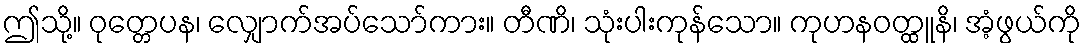
ဤသို့။ ဝုတ္တေပန၊ လျှောက်အပ်သော်ကား။ တီဏိ၊ သုံးပါးကုန်သော။ ကုဟနဝတ္ထူနိ၊ အံ့ဖွယ်ကို